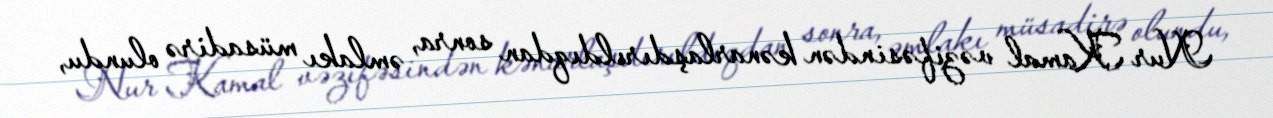
Nur Kamal vəzifəsindən kənarlaşdırıldıqdan sonra, əmlakı müsadirə olundu,